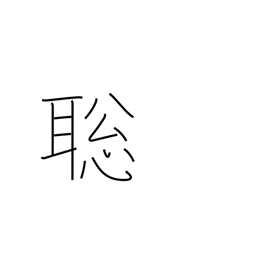
Meaning: fast learner